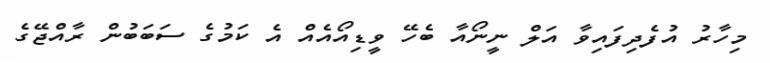
މިހާރު އުފެދިފައިވާ އަލް ނީނޯއާ ބެހޭ ވީޑިއޯއެއް އެ ކަމުގެ ސަބަބުން ރާއްޖޭގެ